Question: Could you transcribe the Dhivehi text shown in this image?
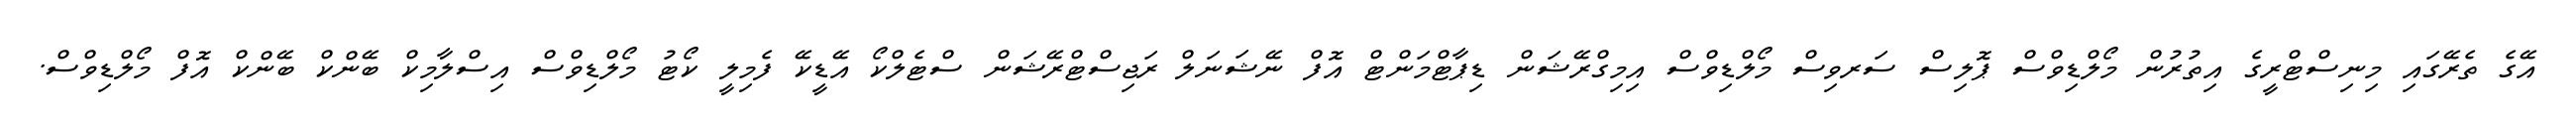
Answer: އޭގެ ތެރޭގައި މިނިސްޓްރީގެ އިތުރުން މޯލްޑިވްސް ޕޮލިސް ސަރވިސް މޯލްޑިވްސް އިމިގްރޭޝަން ޑިޕާޓްމަންޓް އޮފް ނޭޝަނަލް ރަޖިސްޓްރޭޝަން ސްޓެލްކޯ އޭޑީކޭ ފެމިލީ ކޯޓު މޯލްޑިވްސް އިސްލާމިކް ބޭންކް ބޭންކް އޮފް މޯލްޑިވްސް.